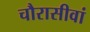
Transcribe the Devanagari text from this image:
चौरासीवां